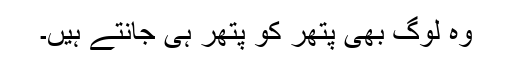
وہ لوگ بھی پتھر کو پتھر ہی جانتے ہیں۔